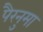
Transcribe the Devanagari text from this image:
पैरनुमा